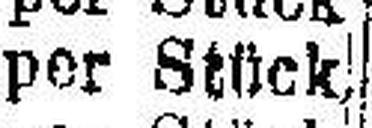
per Stück